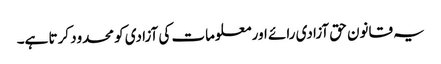
یہ قانون حق آزادی رائے اور معلومات کی آزادی کو محدود کرتا ہے۔